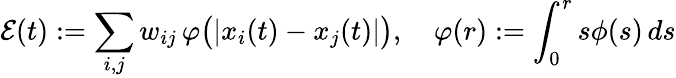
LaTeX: \mathcal{E}(t):=\sum_{i,j}w_{ij}\, \varphi\big(|x_{i}(t)-x_{j}(t)|\big),\quad\varphi(r):=\int_{0}^{r}s\phi(s)\, ds